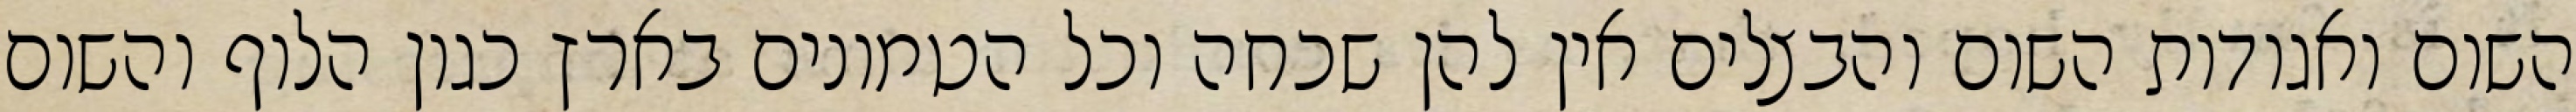
השום ואגודות השום והבצלים אין להן שכחה וכל הטמונים בארץ כגון הלוף והשום